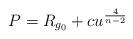
LaTeX: \begin{align*}P= R_{g_{0}}+cu^{\frac{4}{n-2}}\end{align*}